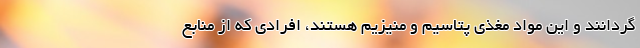
گردانند و این مواد مغذی پتاسیم و منیزیم هستند، افرادی که از منابع